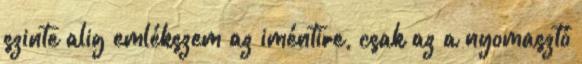
szinte alig emlékszem az iméntire, csak az a nyomasztó